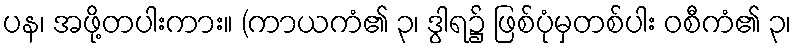
ပန၊ အဖို့တပါးကား။ (ကာယကံ၏ ၃၊ ဒွါရ၌ ဖြစ်ပုံမှတစ်ပါး ဝစီကံ၏ ၃၊